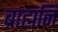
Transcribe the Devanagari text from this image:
ब्राह्मनि